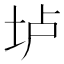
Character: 垆